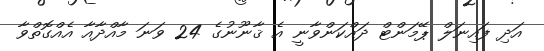
އަދި ފައިނަލް ޕޭމަންޓް ދައްކަންވާނީ އެ ޤާނޫނުގެ 24 ވަނަ މާއްދާއާ އެއްގޮތްވާ